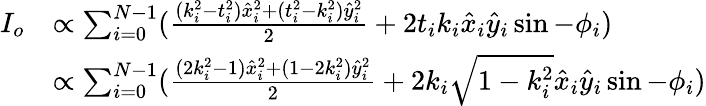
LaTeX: \begin{array}{rl}{I_{o}}&{\propto\sum_{i=0}^{N-1}(\frac{(k_{i}^{2}-t_{i}^{2})\hat{x}_{i}^{2}+(t_{i}^{2}-k_{i}^{2})\hat{y}_{i}^{2}}{2}+2t_{i}k_{i}\hat{x}_{i}\hat{y}_{i}\sin-\phi_{i})}\\ &{\propto\sum_{i=0}^{N-1}(\frac{(2k_{i}^{2}-1)\hat{x}_{i}^{2}+(1-2k_{i}^{2})\hat{y}_{i}^{2}}{2}+2k_{i}\sqrt{1-k_{i}^{2}}\hat{x}_{i}\hat{y}_{i}\sin-\phi_{i})}\end{array}